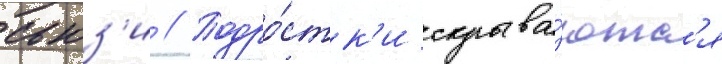
сьюз'и // Подро́стк'и скрыва́ютс'я